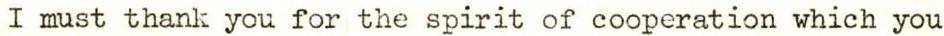
I must thank you for the spirit of cooperation which you